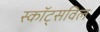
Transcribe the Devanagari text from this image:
स्कॉट्सविल